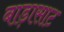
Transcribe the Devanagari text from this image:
बाड़ासाट